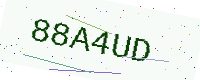
Text: 88A4UD